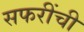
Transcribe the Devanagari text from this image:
सफरींची